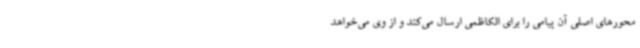
محورهای اصلی آن پیامی را برای الکاظمی ارسال می‌کند و از وی می‌خواهد